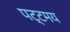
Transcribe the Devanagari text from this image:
पट्टमय